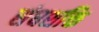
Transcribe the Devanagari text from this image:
संघशक्ति